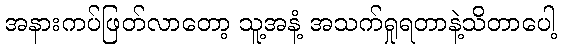
အနားကပ်ဖြတ်လာတော့ သူ့အနံ့ အသက်ရှုရတာနဲ့သိတာပေါ့